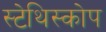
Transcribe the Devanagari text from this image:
स्टेथिस्कोप